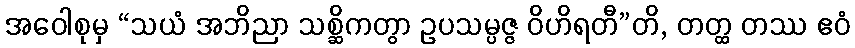
အဝေါစုမှ “သယံ အဘိညာ သစ္ဆိကတွာ ဥပသမ္ပဇ္ဇ ဝိဟိရတီ”တိ, တတ္ထ တဿ ဧဝံ